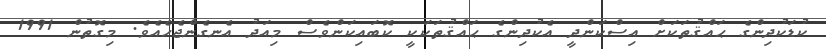
ކުޑަކުދިންގެ ޙައްޤުތަކަށް އިސްކަންދީ އެކުދިންގެ ޙައްޤުތަކަކީ ކޮބައިކަންވެސް މިއަދު އެނގެންޖެހެއެވެ. މިގޮތުން 1991